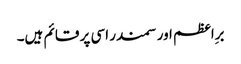
برِاعظم اور سمندر اسی پر قائم ہیں۔